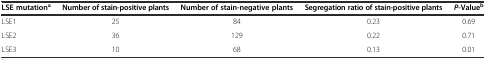
| LSE mutationa | Number of stain-positive plants | Number of stain-negative plants | Segregation ratio of stain-positive plants | P-Valueb |
 | --- | --- | --- | --- | --- |
 | LSE1 | 25 | 84 | 0.23 | 0.69 |
 | LSE2 | 36 | 129 | 0.22 | 0.71 |
 | LSE3 | 10 | 68 | 0.13 | 0.01 |